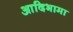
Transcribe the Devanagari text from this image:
आदिभामा